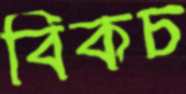
বিকচ